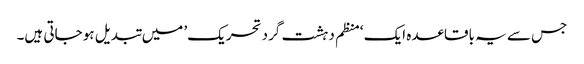
جس سے یہ باقاعدہ ایک ‘منظم دہشت گرد تحریک’ میں تبدیل ہو جاتی ہیں۔